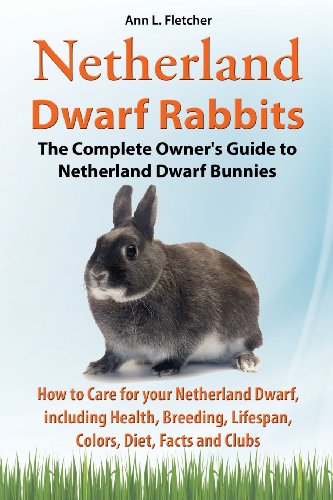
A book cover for Netherland Dwarf Rabbits, The Complete Owner's Guide to Netherland Dwarf Bunnies, How to Care for your Netherland Dwarf, including Health, Breeding, Lifespan, Colors, Diet, Facts and Clubs; Ann L. Fletcher; Crafts, Hobbies & Home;